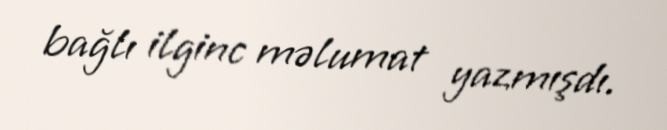
bağlı ilginc məlumat yazmışdı.